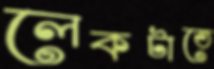
লেকটাতে